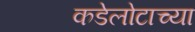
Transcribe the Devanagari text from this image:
कडेलोटाच्या